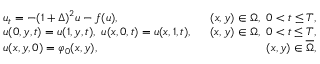
\begin{array} { r l r } & { u _ { t } = - ( 1 + \Delta ) ^ { 2 } u - f ( u ) , } & { ~ ~ ( x , y ) \in \Omega , ~ 0 < t \le T , } \\ & { u ( 0 , y , t ) = u ( 1 , y , t ) , ~ u ( x , 0 , t ) = u ( x , 1 , t ) , } & { ~ ~ ( x , y ) \in \Omega , ~ 0 < t \le T , } \\ & { u ( x , y , 0 ) = \varphi _ { 0 } ( x , y ) , } & { ~ ~ ( x , y ) \in \overline { { \Omega } } , } \end{array}